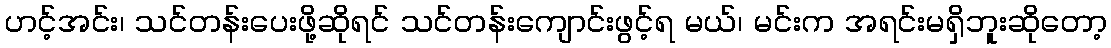
ဟင့်အင်း၊ သင်တန်းပေးဖို့ဆိုရင် သင်တန်းကျောင်းဖွင့်ရ မယ်၊ မင်းက အရင်းမရှိဘူးဆိုတော့